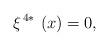
LaTeX: \begin{align*}\xi ^{\,4\ast }\,\left( x\right) =0, \end{align*}